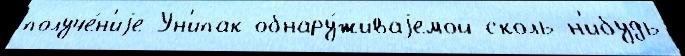
получе́н'иjе Ун'ипак обнару́живаjемой сколь-н'ибудь